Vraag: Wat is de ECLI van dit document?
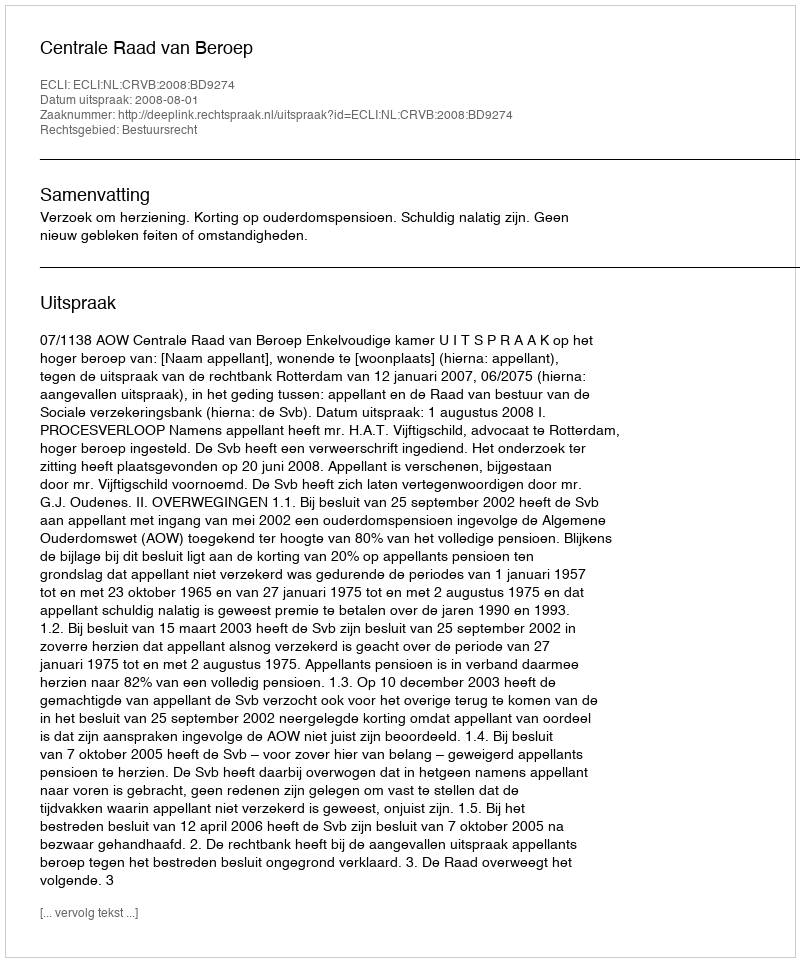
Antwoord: ECLI:NL:CRVB:2008:BD9274